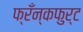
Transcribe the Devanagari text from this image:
फ्रँन्कफुर्ट